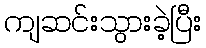
ကျဆင်းသွားခဲ့ပြီး